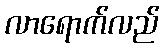
လာရောက်လည်